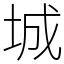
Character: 城